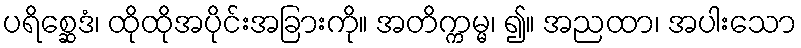
ပရိစ္ဆေဒံ၊ ထိုထိုအပိုင်းအခြားကို။ အတိက္ကမ္မ၊ ၍။ အညထာ၊ အပါးသော